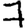
Digit: 7